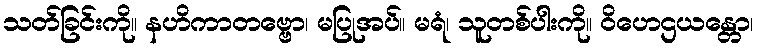
သတ်ခြင်းကို။ နဟိကာတဗ္ဗော၊ မပြုအပ်။ မရံ၊ သူတစ်ပါးကို။ ဝိဟေဌယန္တော၊